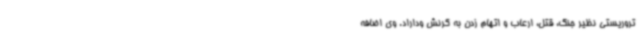
تروریستی نظیر جنگ، قتل، ارعاب و اتهام زدن به کرنش وداراد. وی اضافه